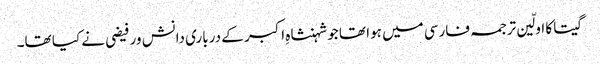
گیتا کا اولّین ترجمہ فارسی میں ہوا تھا جو شہنشاہِ اکبر کے درباری دانش ور فیضی نے کیا تھا۔